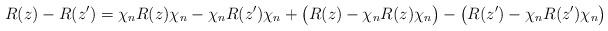
LaTeX: \begin{align*}R(z)-R(z') = \chi_n R(z)\chi_n - \chi_n R(z')\chi_n + \big(R(z)-\chi_nR(z)\chi_n\big) - \big(R(z')-\chi_nR(z')\chi_n\big)\end{align*}